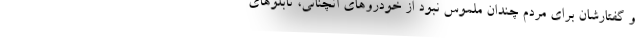
و گفتارشان برای مردم چندان ملموس نبود از خودروهای آنچنانی، تابلوهای